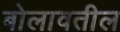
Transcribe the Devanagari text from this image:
बोलावतील